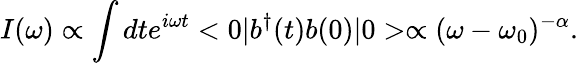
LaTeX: I(\omega)\propto\int dte^{i\omega t}<0|b^{\dagger}(t)b(0)|0>\propto(\omega-\omega_{0})^{-\alpha}.